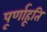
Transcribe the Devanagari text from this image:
पूर्णाहूति